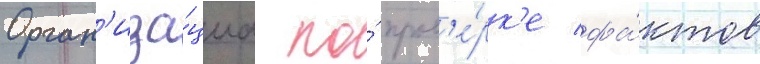
Орган'иза́циа по́ пров'е́рк'е фа́ктов